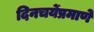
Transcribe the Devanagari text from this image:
दिनचर्येप्रमाणे